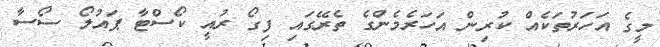
މީގެ އަހަރުތަކެއް ކުރިން އަހަރެމެންގެ ތެރޭގައި ފިގޯ ރުއީ ކޯސްޓާ ޕައުލޯ ސޯސާ